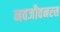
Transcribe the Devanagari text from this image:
नवजीवनरस